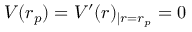
V ( r _ { p } ) = V ^ { \prime } ( r ) _ { | r = r _ { p } } = 0